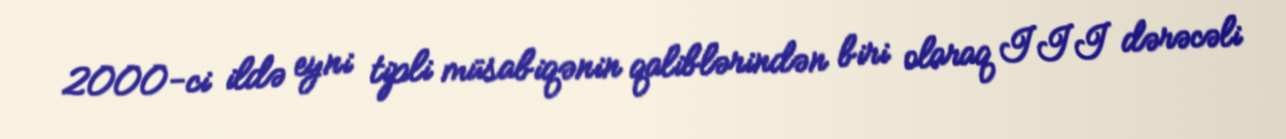
2000-ci ildə eyni tipli müsabiqənin qaliblərindən biri olaraq III dərəcəli